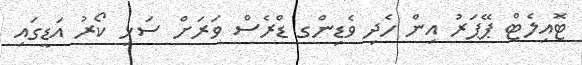
ޓޮއިލެޓް ޕޭޕަރު އިން ހެދި ވެޑިންގ ޑްރެސް ވަރަށް ސަޅި ކޯރު އަޑީގައި